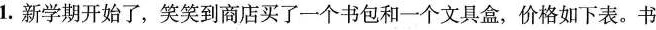
1.新学期开始了，笑笑到商店买了一个书包和一个文具盒，价格如下表。书